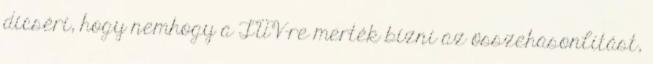
dicséri, hogy nemhogy a TÜV-re merték bízni az összehasonlítást,